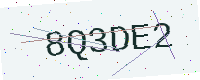
Text: 8Q3DE2